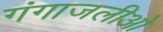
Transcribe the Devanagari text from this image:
गंगाजलीओ